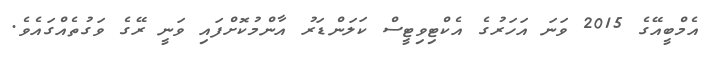
އެމްބީއޭގެ 2015 ވަނަ އަހަރުގެ އެކްޓިވިޓީސް ކަލަންޑަރު އާންމުކޮށްފައި ވަނީ ރޭގެ ވަގުތެއްގައެވެ.